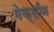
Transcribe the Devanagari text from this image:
मेक्सीन